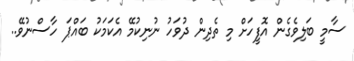
ސާމީ ބަލިވެގެން އޮފީހަށް މި ތެދިން ދުވަހު ނުނިކުމޭ އެކަމަކު ބައްޕަ ހާސްނުވޭ..